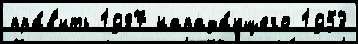
пра́в'ить 1987 напада́ющего 1953